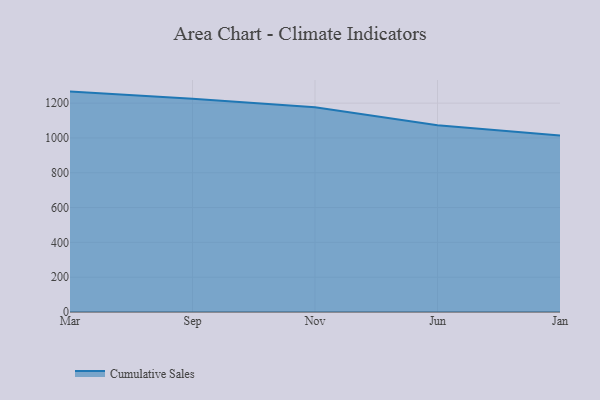
{"axis": {"x": "Month", "y": "Latency (ms)"}, "legend": ["Cumulative Sales"], "data": [{"x": "Mar", "y": 1266.3, "type": "Cumulative Sales"}, {"x": "Sep", "y": 1225.0, "type": "Cumulative Sales"}, {"x": "Nov", "y": 1175.9, "type": "Cumulative Sales"}, {"x": "Jun", "y": 1072.5, "type": "Cumulative Sales"}, {"x": "Jan", "y": 1014.0, "type": "Cumulative Sales"}]}